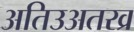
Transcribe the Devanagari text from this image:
अतिउअतरव्र